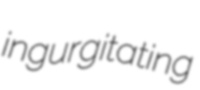
ingurgitating